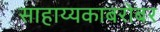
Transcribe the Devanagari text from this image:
साहाय्यकाबरोबर